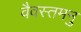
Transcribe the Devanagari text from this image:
वैवस्तमनु